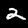
Label: 2